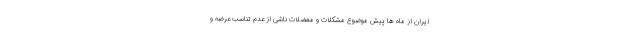
ایران از ماه ها پیش موضوع مشکلات و معضلات ناشی از عدم تناسب عرضه و